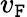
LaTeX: v_{\mathtt{F}}